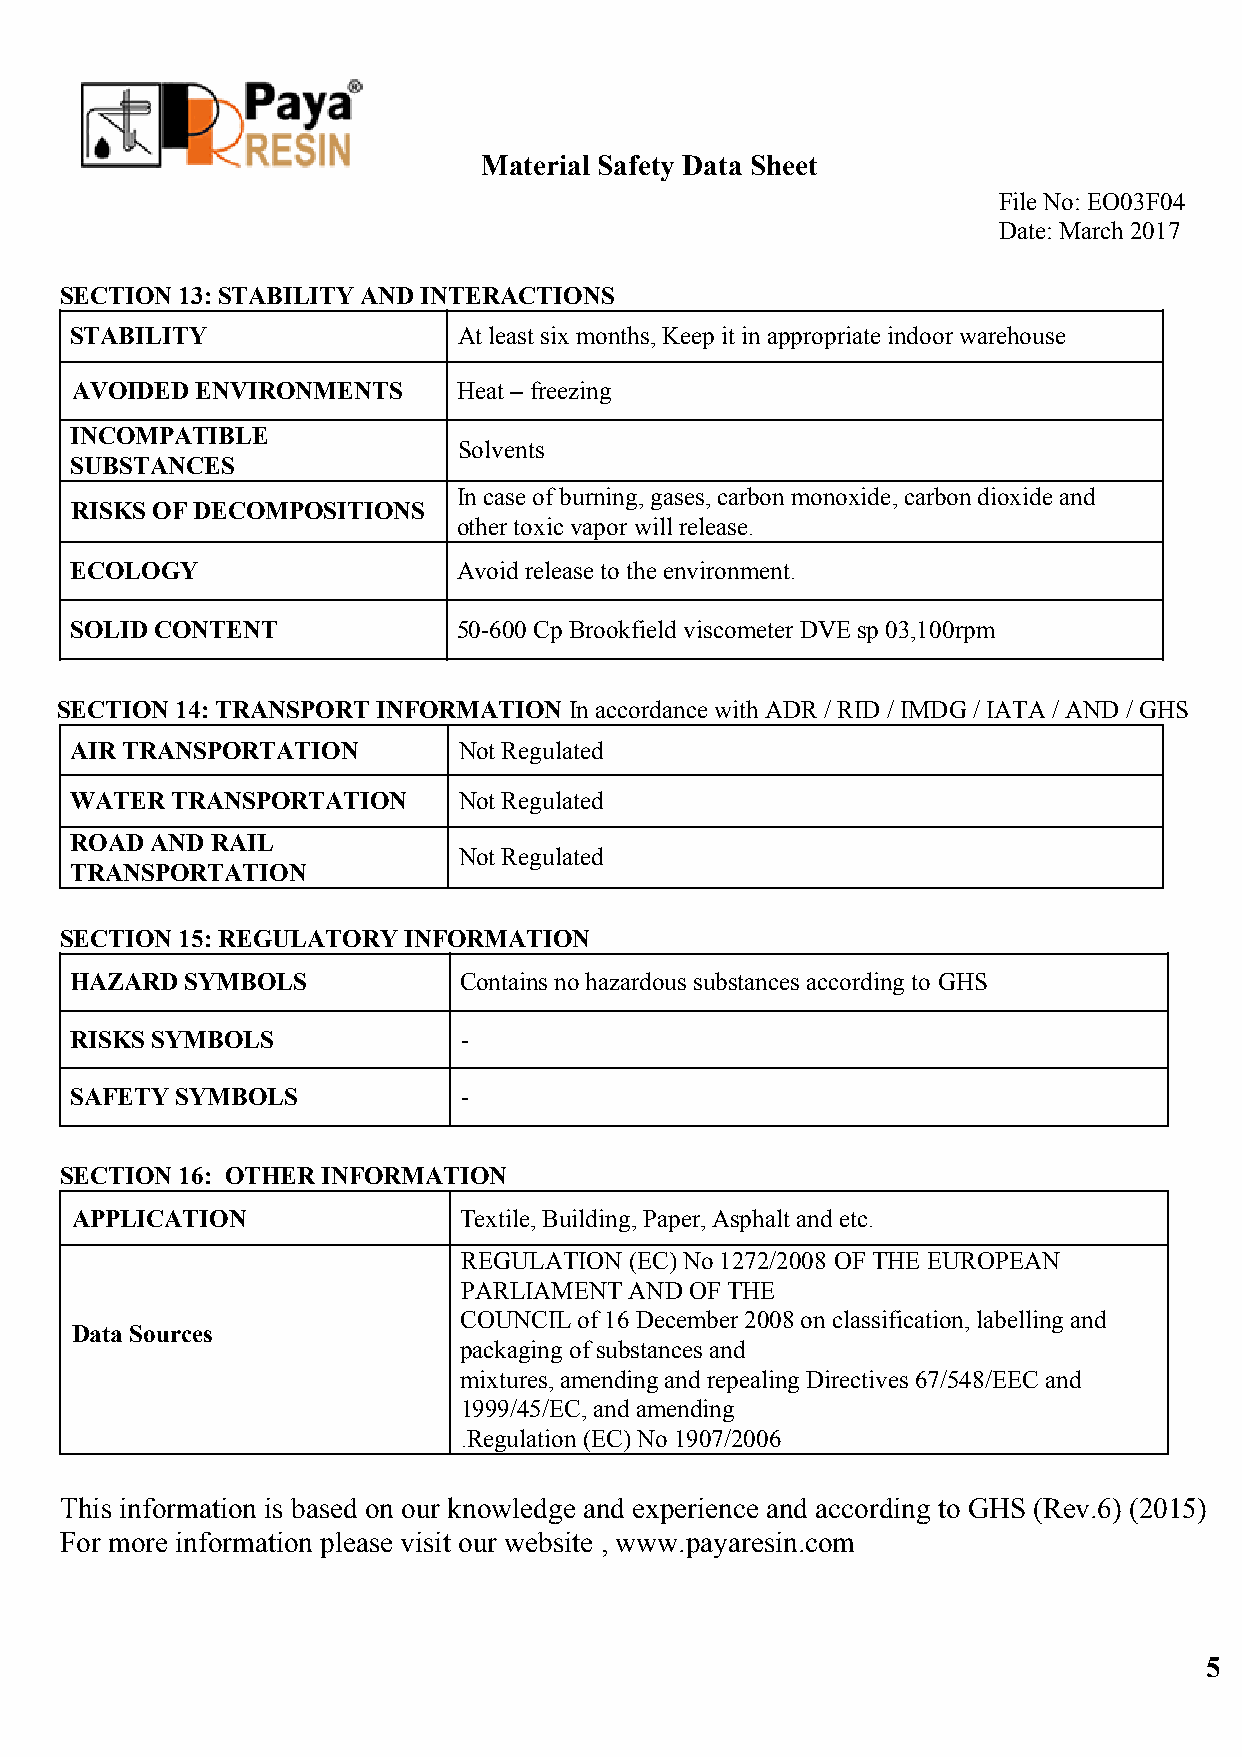
Material Safety Data Sheet
 ​
 File No: EO03F04
 ​
 Date: March 2017
 ​
 SECTION 13: STABILITY AND INTERACTIONS
 STABILITY                At least six months, Keep it in appropriate indoor warehouse
 AVOIDED ENVIRONMENTS     Heat – freezing
 INCOMPATIBLE
 Solvents
 SUBSTANCES
 In case of burning, gases, carbon monoxide, carbon dioxide and
 RISKS OF DECOMPOSITIONS
 other toxic vapor will release.
 ECOLOGY                  Avoid release to the environment.
 SOLID CONTENT            50-600 Cp Brookfield viscometer DVE sp 03,100rpm
 ​
 SECTION 14: TRANSPORT INFORMATION In accordance with ADR / RID / IMDG / IATA / AND / GHS
 ​
 AIR TRANSPORTATION       Not Regulated
 WATER TRANSPORTATION     Not Regulated
 ROAD AND RAIL
 Not Regulated
 TRANSPORTATION
 SECTION 15: REGULATORY INFORMATION
 HAZARD SYMBOLS           Contains no hazardous substances according to GHS
 RISKS SYMBOLS             -
 SAFETY SYMBOLS            -
 SECTION 16: OTHER INFORMATION
 APPLICATION              Textile, Building, Paper, Asphalt and etc.
 REGULATION (EC) No 1272/2008 OF THE EUROPEAN
 PARLIAMENT AND OF THE
 COUNCIL of 16 December 2008 on classification, labelling and
 Data Sources
 packaging of substances and
 mixtures, amending and repealing Directives 67/548/EEC and
 1999/45/EC, and amending
 .Regulation (EC) No 1907/2006
 This information is based on our knowledge and experience and according to GHS (Rev.6) (2015)
 For more information please visit our website , www.payaresin.com
 5